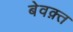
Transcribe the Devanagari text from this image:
बेवक़्त